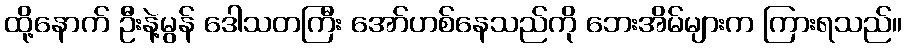
ထို့နောက် ဦးနဲ့မွန် ဒေါသတကြီး အော်ဟစ်နေသည်ကို ဘေးအိမ်များက ကြားရသည်။